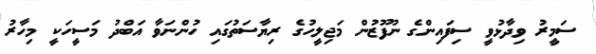
ސަމީރު ވިދާޅުވީ ސިފައިންގެ ނުފޫޒުން މަޖިލީހުގެ ރިޔާސަތުގައި ހުންނަވާ އަބްދު މަސީހަކީ މިހާރު